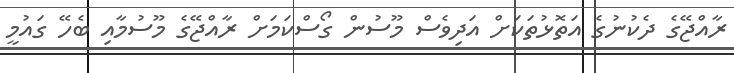
ރާއްޖޭގެ ދެކުނުގެ އަތޮޅުތަކަށް އަދިވެސް މޫސުން ގޯސްކަމަށް ރާއްޖޭގެ މޫސުމާއި ބެހޭ ގައުމީ